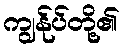
ကျွန်ုပ်တို့၏